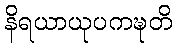
နိရယာယုပကဍ္ဎတိ